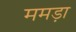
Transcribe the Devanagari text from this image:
ममड़ा